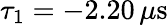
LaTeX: \tau_{1}=-2.20\, \mu\mathrm{s}